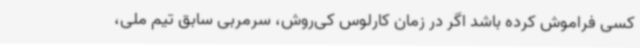
کسی فراموش کرده باشد اگر در زمان کارلوس کی‌روش، سرمربی سابق تیم ملی،